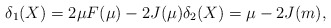
\begin{align*}\delta_1(X)=2\mu F(\mu)-2 J(\mu)\delta_2(X)=\mu-2J(m),\end{align*}